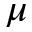
\mu